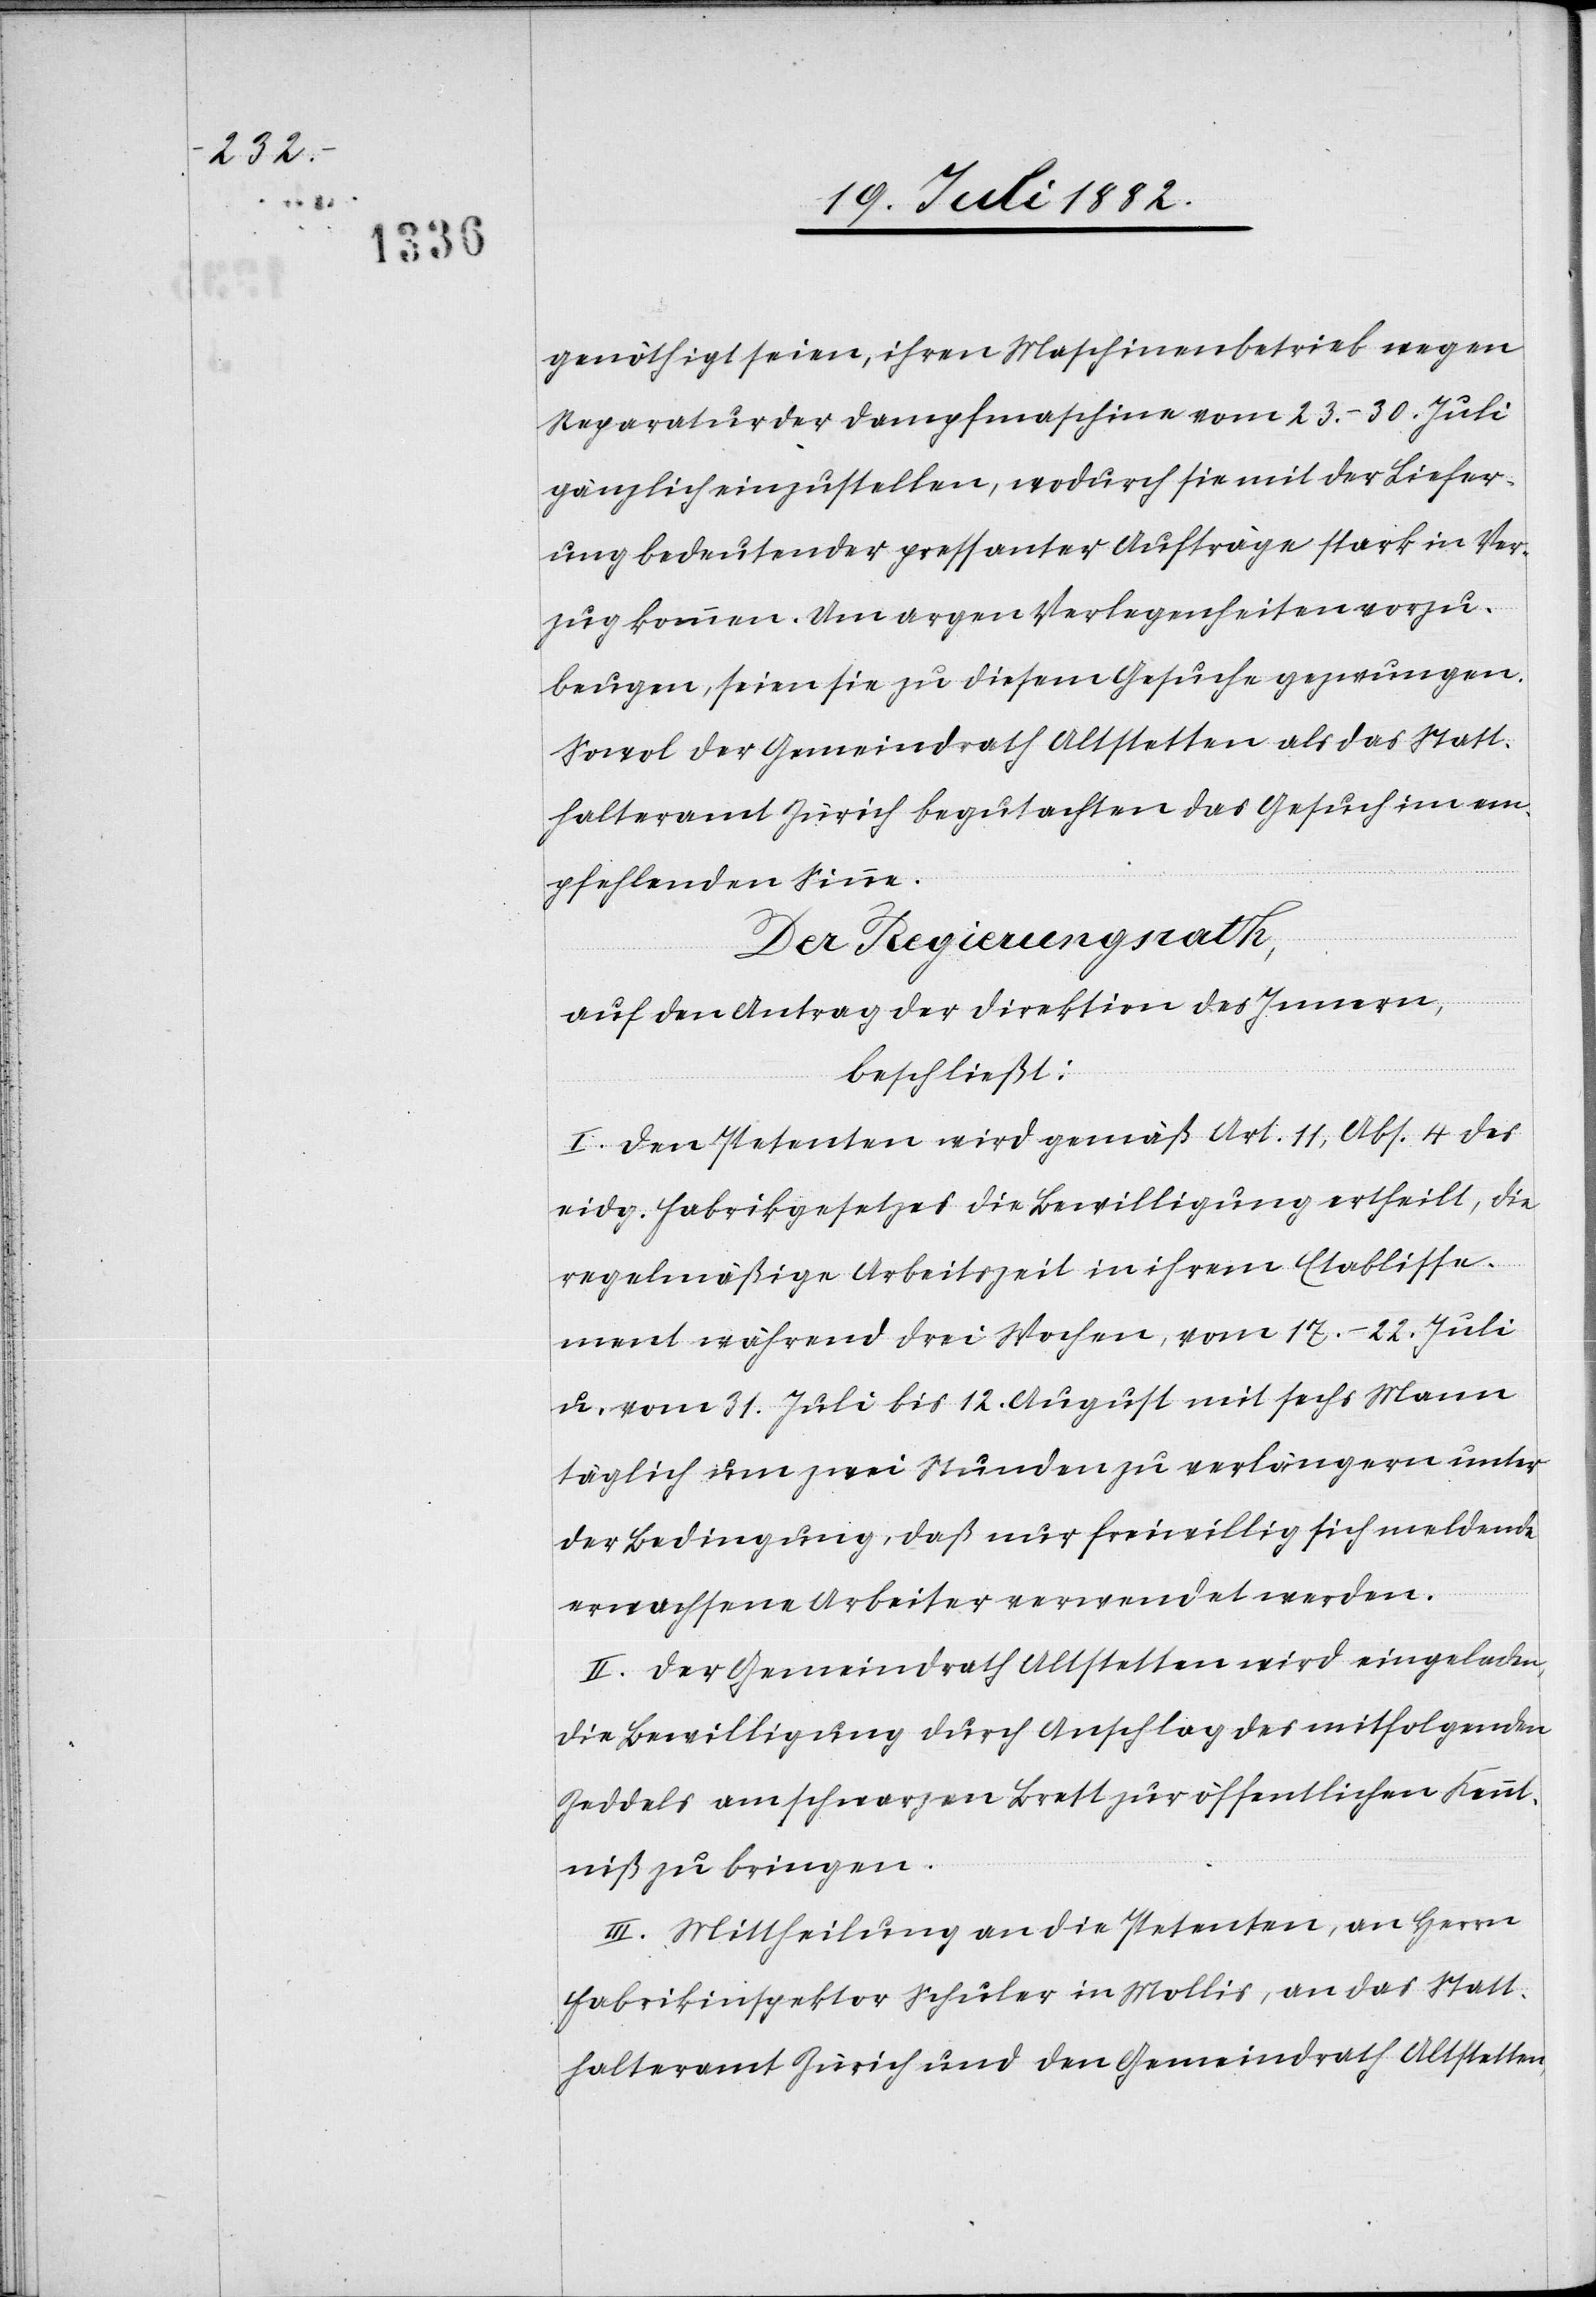
genöthigt seien, ihren Maschinenbetrieb wegen
Reparatur der Dampfmaschine vom 23.–30. Juli
gänzlich einzustellen, wodurch sie mit der Liefer¬
ung bedeutender pressanter Aufträge stark in Ver¬
zug kommen. Um argen Verlegenheiten vorzu¬
beugen, seien sie zu diesem Gesuche gezwungen.
Sowol der Gemeindrath Altstetten als das Statt¬
halteramt Zürich begutachten das Gesuch im em¬
pfehlendem Sinne.
Der Regierungsrath,
auf den Antrag der Direktion des Innern,
beschließt:
I. Den Petenten wird gemäß Art. 11, Abs. 4 des
eidg. Fabrikgesetzes die Bewilligung ertheilt, die
regelmäßige Arbeitszeit in ihrem Etablisse¬
ment während drei Wochen, vom 17.–22. Juli
u. vom 31. Juli bis 12. August mit sechs Mann
täglich um zwei Stunden zu verlängern unter
der Bedingung, daß nur freiwillig sich meldende
erwachsene Arbeiter verwendet werden.
II. Der Gemeindrath Altstetten wird eingeladen,
die Bewilligung durch Anschlag des mitfolgenden
Zeddels am schwarzen Brett zur öffentlichen Kennt¬
niß zu bringen.
III. Mittheilung an die Petenten, an Herrn
Fabrikinspektor Schuler in Mollis, an das Statt¬
halteramt Zürich und den Gemeindrath Altstetten,